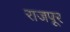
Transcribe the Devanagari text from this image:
राजपूर